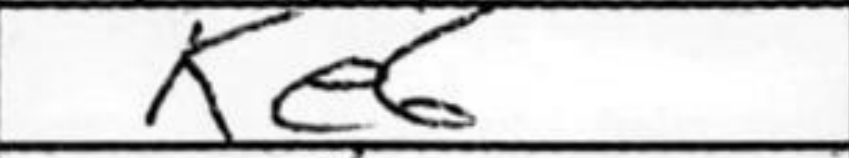
Transcription: Ke6